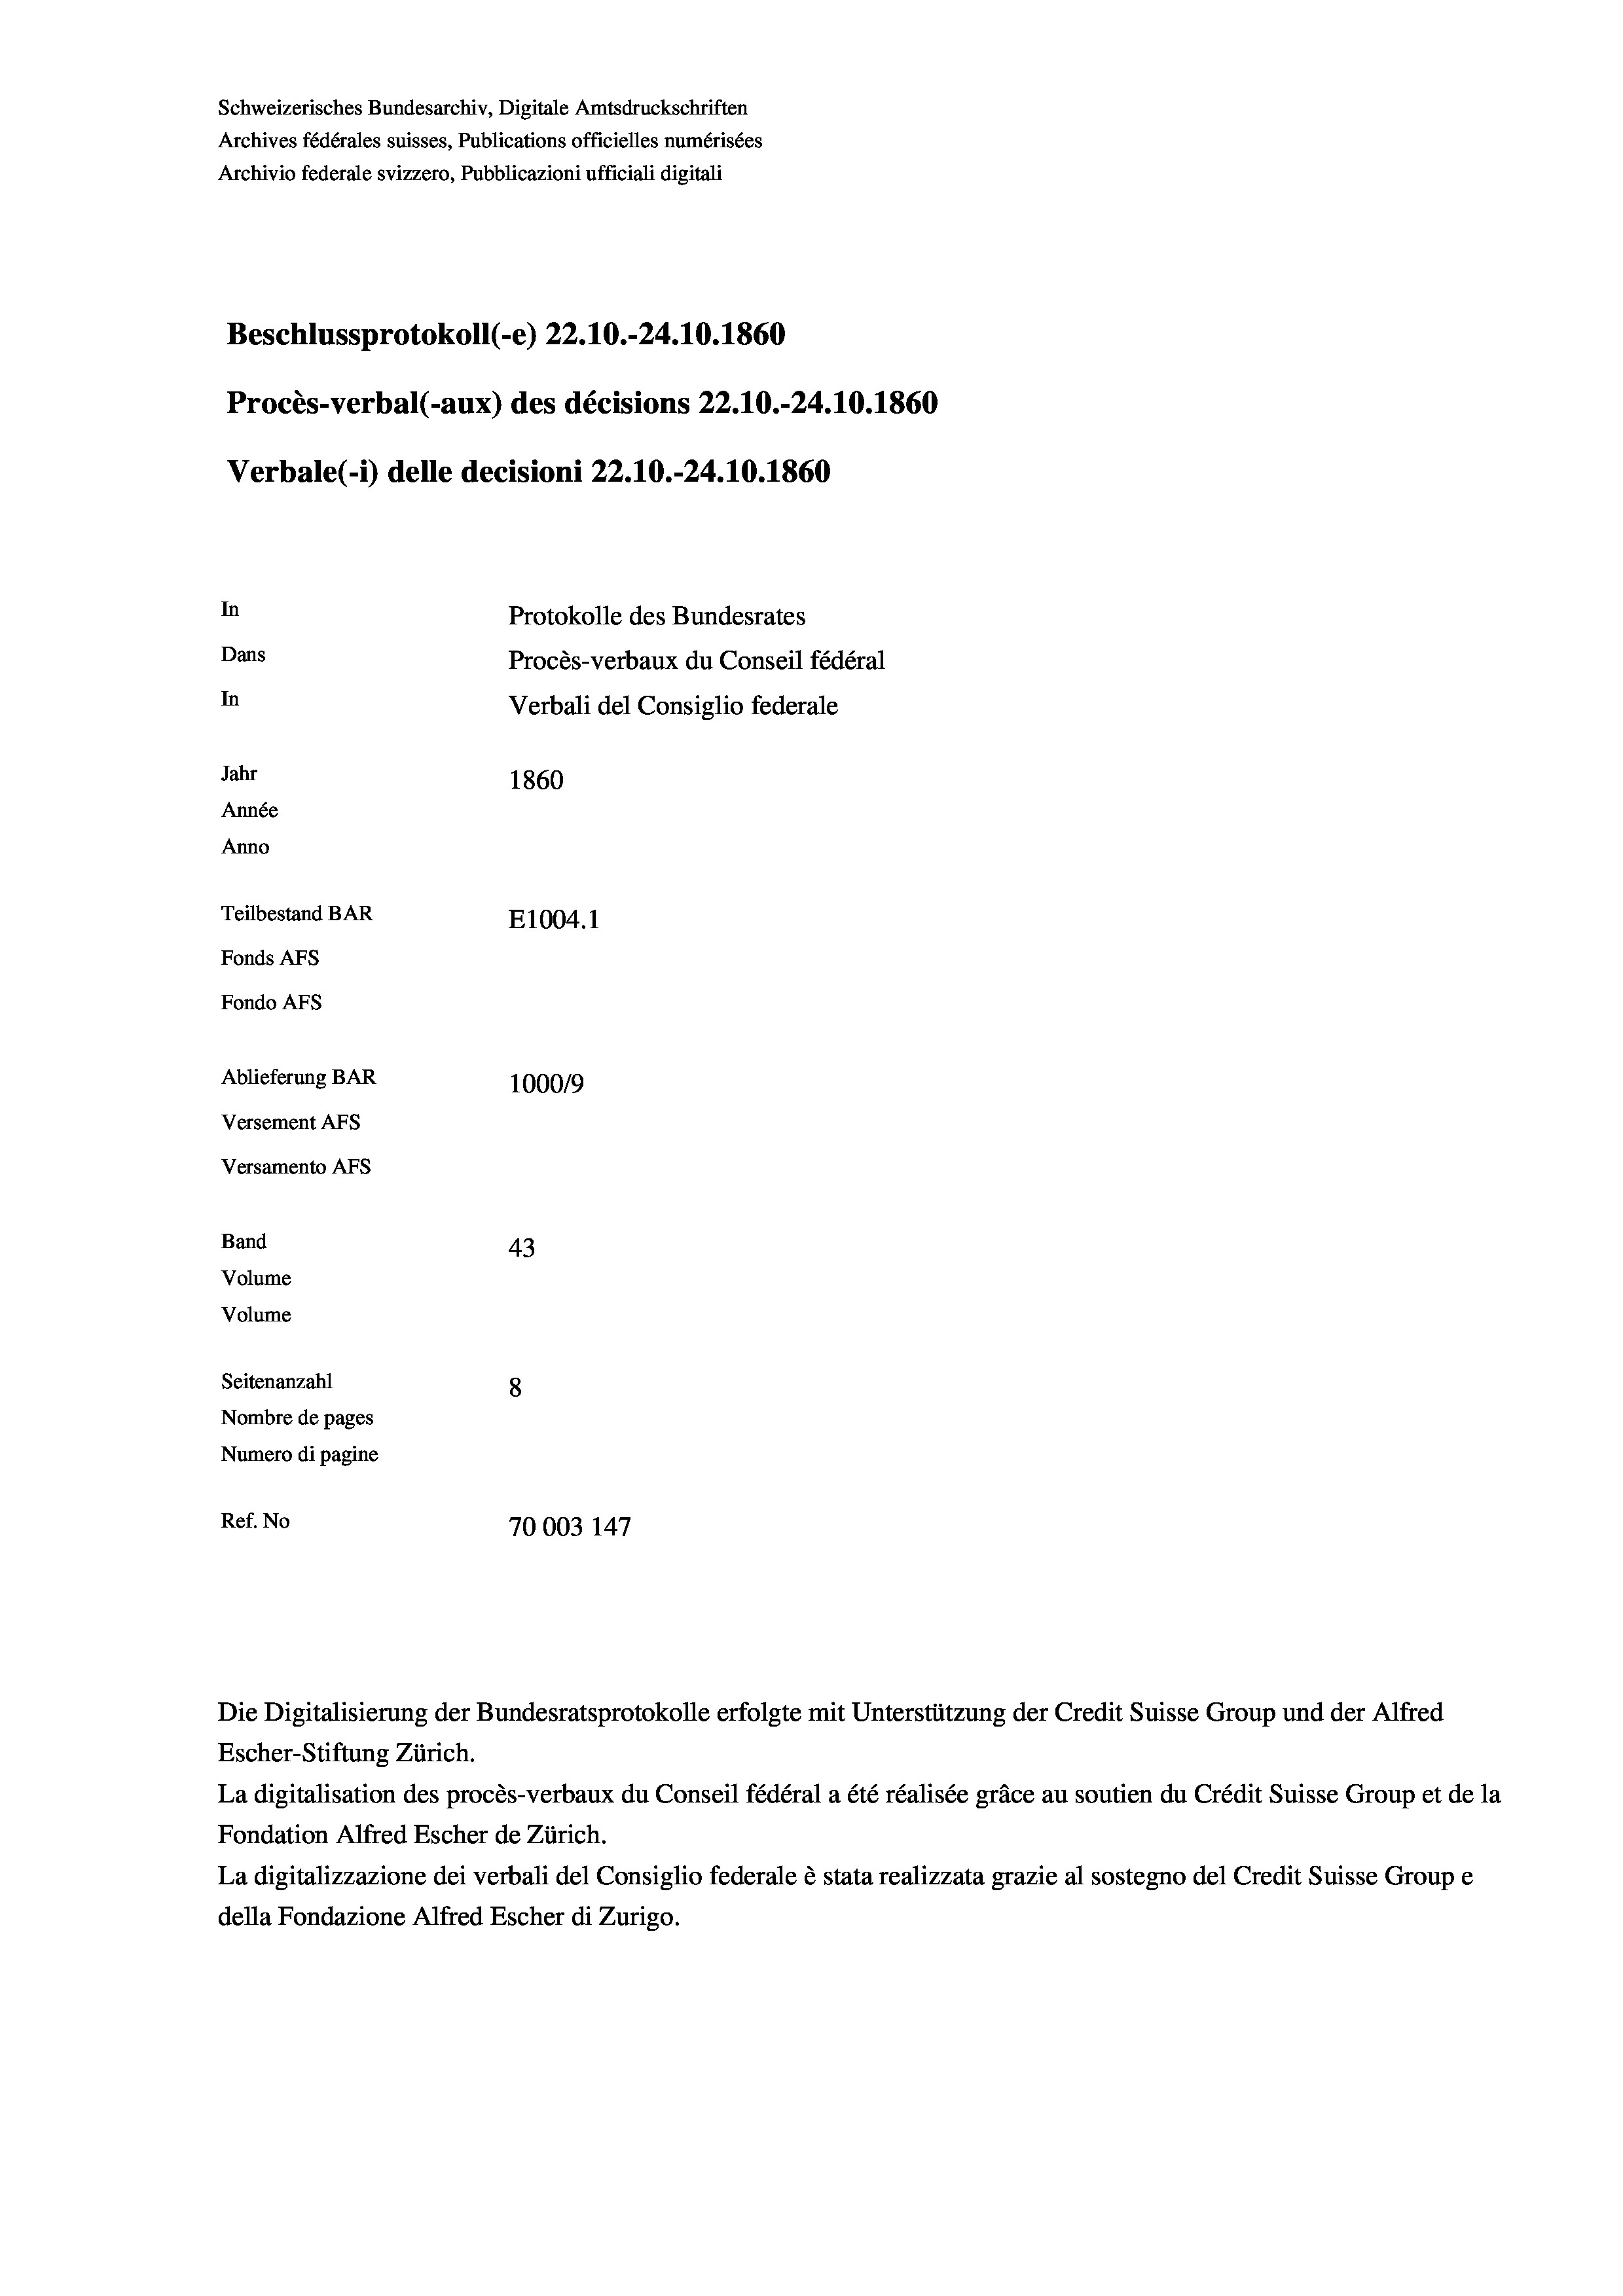
Schweizerisches Bundesarchiv, Digitale Amtsdruckschriften
Archives fédérales suisses, Publications officielles numérisées
Archivio federale svizzero, Pubblicazioni ufficiali digitali
Beschlussprotokoll (-e) 22.10.-24.10.1860
Procès-verbal (-aux) des décisions 22.10.-24.10.1860
Verbale (i) delle decisioni 22.10.-24.10.1860
In
Protokolle des Bundesrates
Dans
Procès-verbaux du Conseil fédéral
In
Verbali del Consiglio federale
Jahr
1860
Année
Anno
Teilbestand BAR
E1004. 1
Fonds AFs
Fondo Afs
Ablieferung BAR
100019
Versement AFs

Versamento Afs
Band
Volume
Volume

43
Seitenanzahl
8
Nombre de pages
Numero di pagine
Ref. No
70003 147

Escher-Stiftung Zürich.

Die Digitalisierung der Bundesratsprotokolle erfolgte mit Unterstützung der Credit Suisse Group und der Alfred
La digitalisation des procès-verbaux du Conseil fédéral a été réalisée gräce au soutien du Crédit Suisse Group et de la
Fondation Alfred Escher de Zürich.
La digitalizzazione dei verbali del Consiglio federale è stata realizzata grazie al sostegno del Credit Suisse Groupe
della Fondazione Alfred Escher di Zurigo.